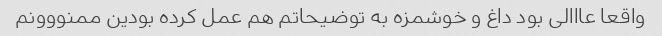
واقعا عااالى بود داغ و خوشمزه به توضیحاتم هم عمل کرده بودین ممنووونم